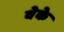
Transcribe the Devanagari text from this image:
वेके